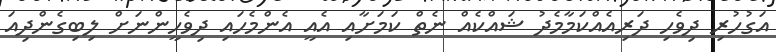
އަގުހުރި ދިވެހި ދަރިއެއްކަމާމެދު ޝައްކެއް ނެތް ކަމަށާއި އެއީ އެންމެހައި ދިވެހީންނަށް ލިބިގެންދިއަ